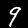
Digit: 9